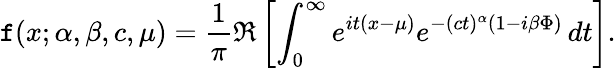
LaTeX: \mathtt{f}(x;\alpha,\beta,c,\mu)={\frac{{1}}{{\pi}}}\Re\left[\int_{0}^{\infty}e^{it(x-\mu)}e^{-(ct)^{\alpha}(1-i\beta\Phi)}\, dt\right].